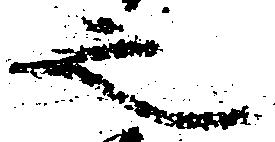
之